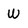
Character: w